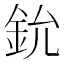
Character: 鈗